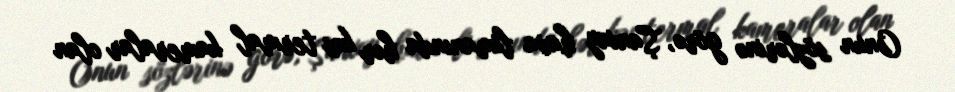
Onun sözlərinə görə, Şanxay hava limanında hər kəs termal kameralar olan